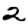
Digit: 2